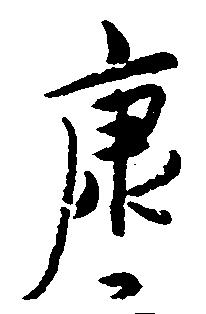
康